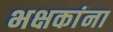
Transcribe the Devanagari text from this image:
भक्षकांना